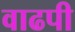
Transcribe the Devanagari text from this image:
वाढपी